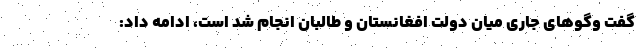
گفت وگوهای جاری میان دولت افغانستان و طالبان انجام شد است، ادامه داد: